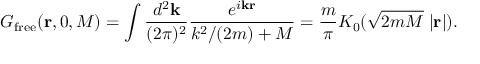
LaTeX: G _ { \mathrm { f r e e } } ( { \bf r } , 0 , M ) = \int \frac { d ^ { 2 } { \bf k } } { ( 2 \pi ) ^ { 2 } } \frac { e ^ { i { \bf k r } } } { k ^ { 2 } / ( 2 m ) + M } = \frac { m } { \pi } K _ { 0 } ( \sqrt { 2 m M } \; | { \bf r } | ) .